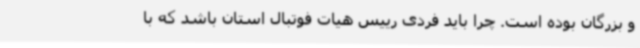
و بزرگان بوده است. چرا باید فردی رییس هیات فوتبال استان باشد که با